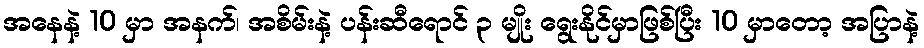
အနေနဲ့ 10 မှာ အနက်၊ အစိမ်းနဲ့ ပန်းဆီရောင် ၃ မျိုး ရွေးနိုင်မှာဖြစ်ပြီး 10 မှာတော့ အပြာနဲ့